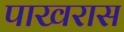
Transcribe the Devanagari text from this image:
पाखरास